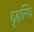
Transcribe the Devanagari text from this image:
दृढ़ास्थि